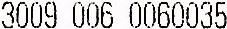
3009 006 0060035